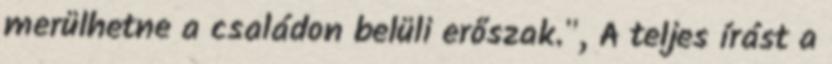
merülhetne a családon belüli erőszak.", A teljes írást a